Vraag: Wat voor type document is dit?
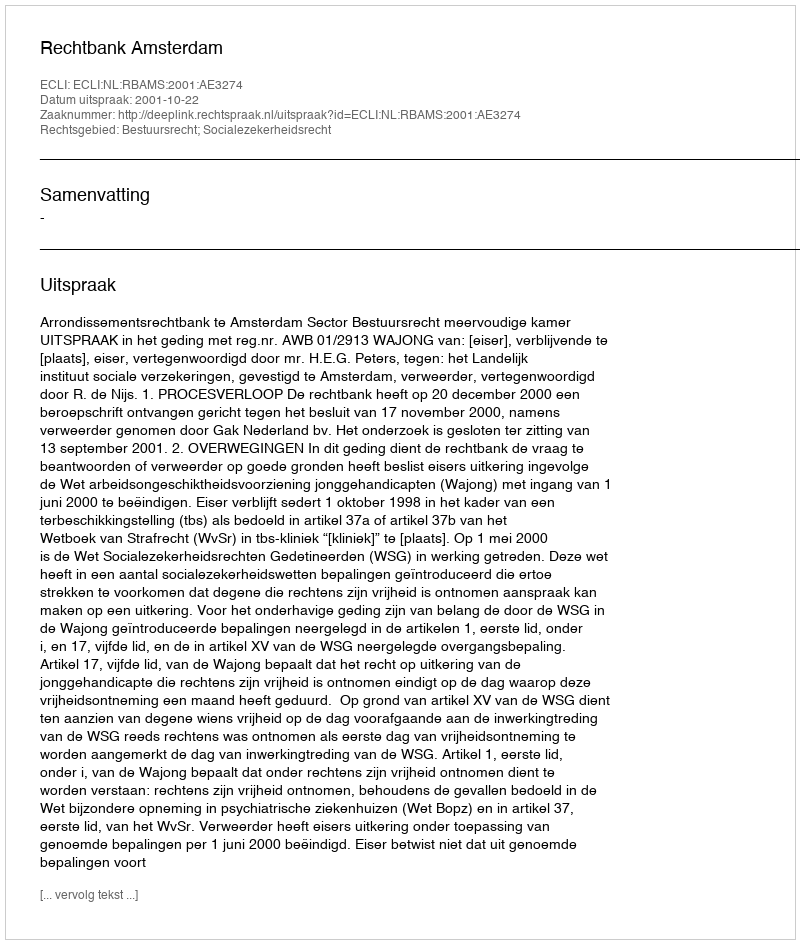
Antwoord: Uitspraak